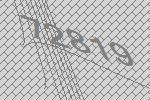
72819